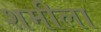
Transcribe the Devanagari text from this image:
शमीला